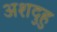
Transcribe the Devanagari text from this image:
अशदुहु